65_HS1-834228961_62-HQ-83894_Serial_164
Agency: FBI
Page 45
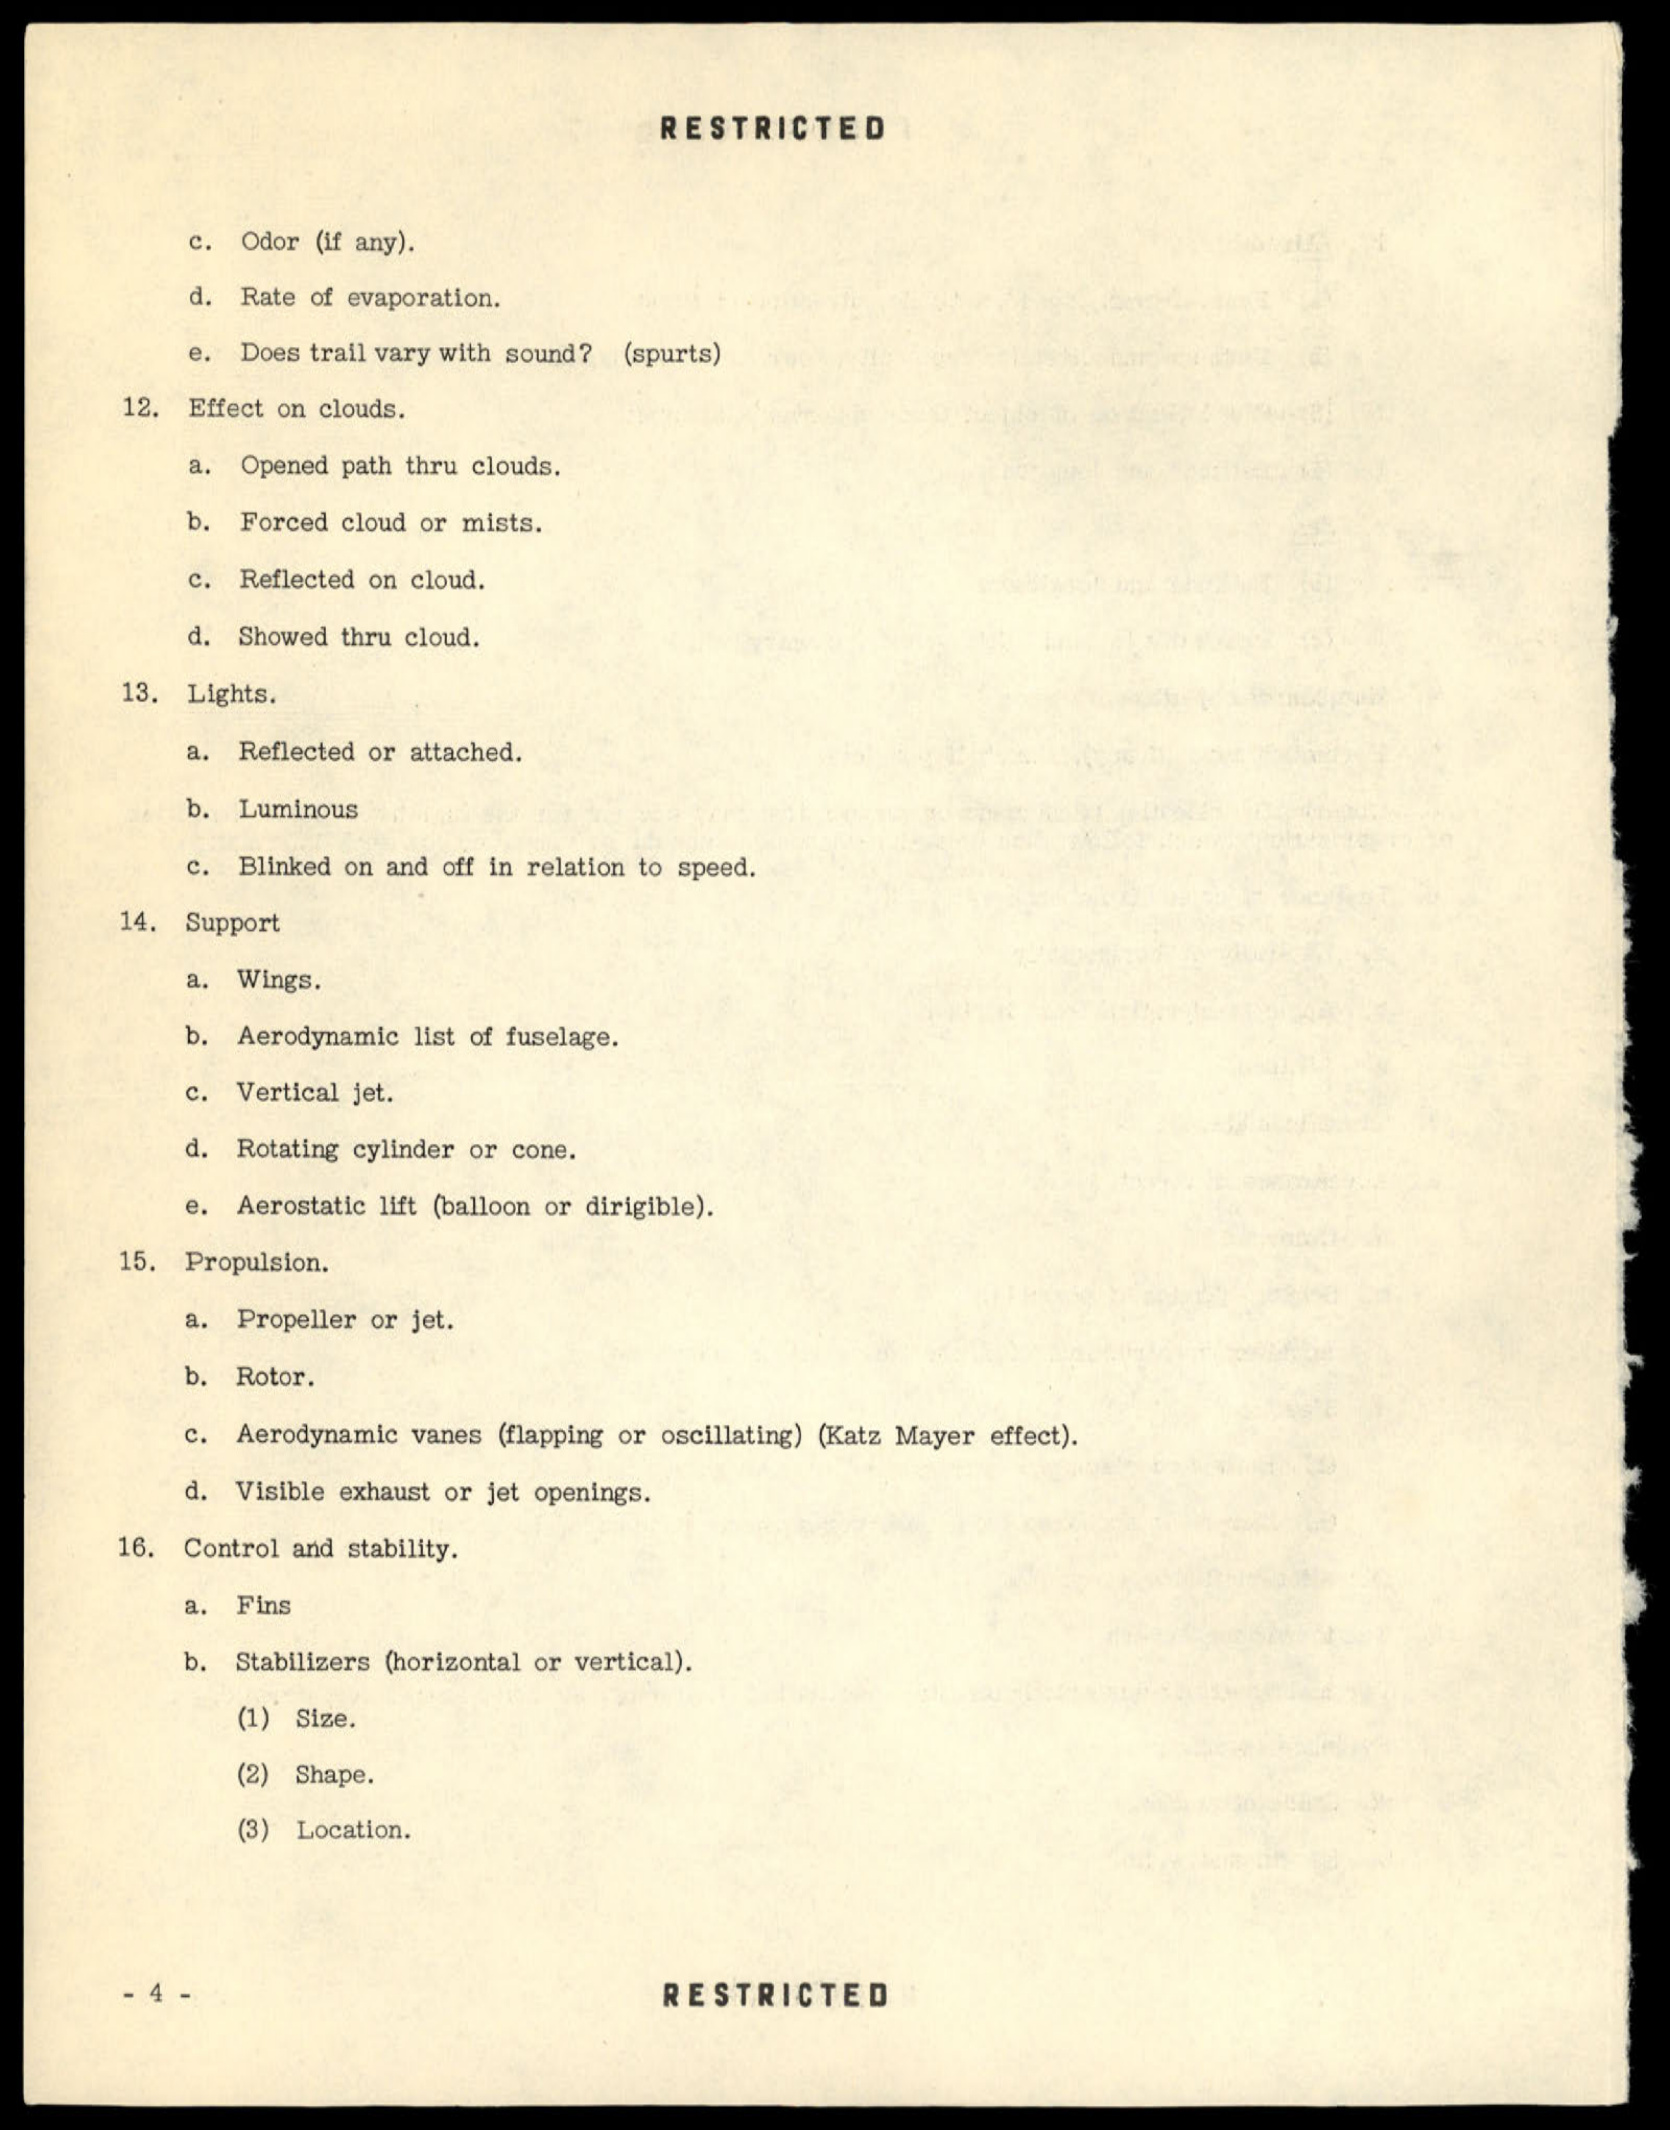